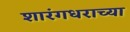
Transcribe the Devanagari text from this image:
शारंगधराच्या